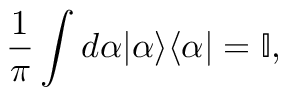
\frac { 1 } { \pi } \int d \alpha | \alpha \rangle \langle \alpha | = \mathbb { I } ,